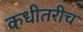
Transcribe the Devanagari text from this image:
कधीतरीच